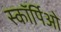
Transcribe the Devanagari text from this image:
स्कॉर्पिओ